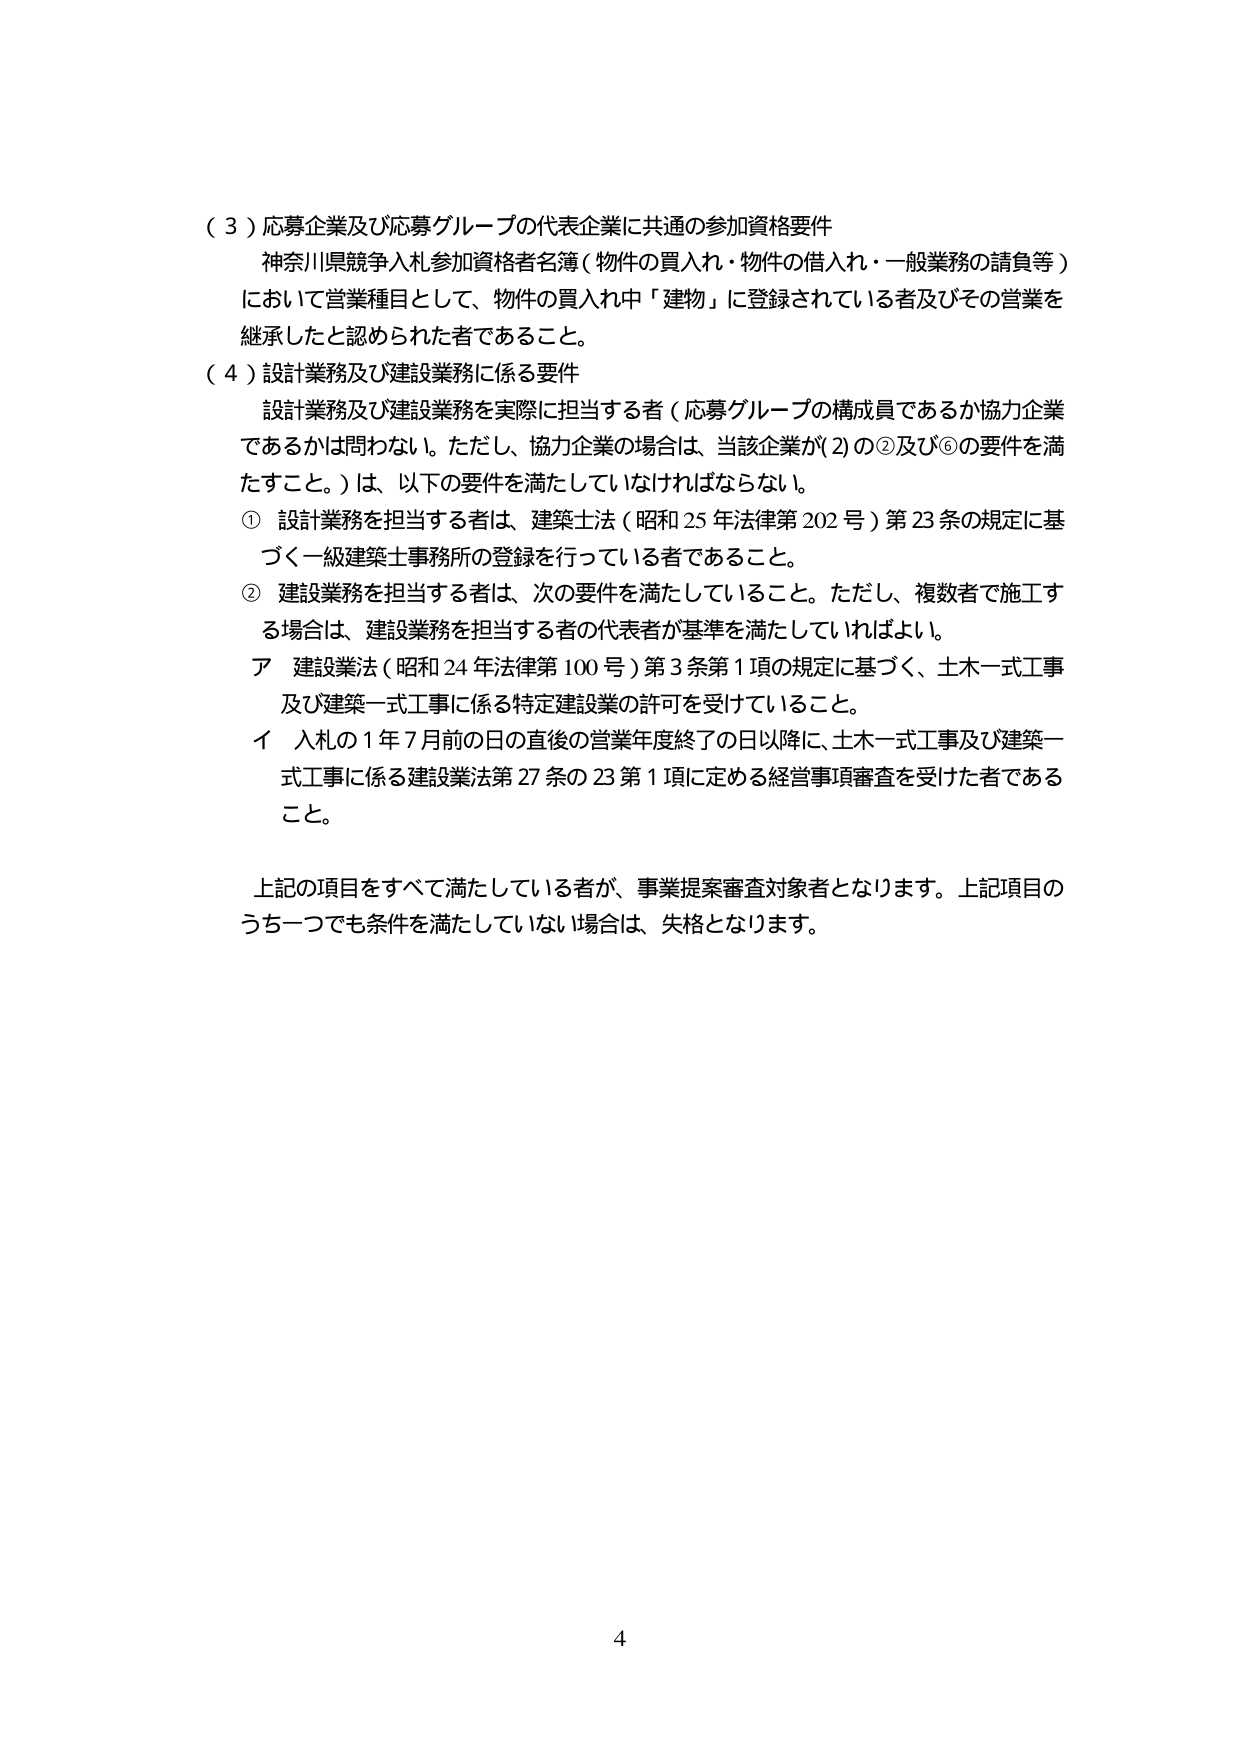
（３）応募企業及び応募グループの代表企業に共通の参加資格要件
神奈川県競争入札参加資格者名簿（物件の買入れ・物件の借入れ・一般業務の請負等）
において営業種目として、物件の買入中「建物」に登録されている者及びその営業を
継承したと認められた者であること。

（４）設計業務及び建設業務に係る要件
設計業務及び建設業務を実際に担当する者（応募グループの構成員であるか協力企業
であるかは問わない。ただし、協力企業の場合は、当該企業が(2)の②及び⑥の要件を満
たすこと。）は、以下の要件を満たしていなければならない。

① 設計業務を担当する者は、建築士法（昭和25年法律第202号）第23条の規定に基づく一級建築士事務所の登録を行っている者であること。

② 建設業務を担当する者は、次の要件を満たしていること。ただし、複数者で施工する場合は、建設業務を担当する者の代表者が基準を満たしていればよい。

ア 建設業法（昭和24年法律第100号）第3条第1項の規定に基づく、土木一式工事及び建築一式工事に係る特定建設業の許可を受けていること。

イ 入札の1年7月前の日の直後の営業年度終了の日以降に、土木一式工事及び建築一式工事に係る建設業法第27条の23第1項に定める経営事項審査を受けた者であること。

上記の項目をすべて満たしている者が、事業提案審査対象者となります。上記項目のうち一つでも条件を満たしていない場合は、失格となります。

4